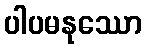
ပါပမနုဿော